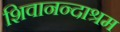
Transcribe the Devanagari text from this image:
शिवानन्दाश्रम